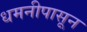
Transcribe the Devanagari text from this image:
धमनीपासून